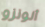
ألونزو